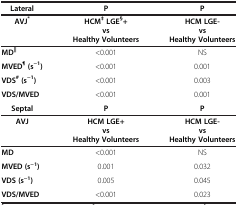
| Lateral | P | P |
 | --- | --- | --- |
 | AVJ* | HCM‡ LGE§+ | HCM LGE- |
 |  | vs | vs |
 |  | Healthy Volunteers | Healthy Volunteers |
 | MD|| | <0.001 | NS |
 | MVED¶ (s-1) | <0.001 | 0.001 |
 | VDS# (s-1) | <0.001 | 0.003 |
 | VDS/MVED | <0.001 | 0.001 |
 | Septal | P | P |
 | AVJ | HCM LGE+ | HCM LGE- |
 |  | vs | vs |
 |  | Healthy Volunteers | Healthy Volunteers |
 | MD | <0.001 | NS |
 | MVED (s-1) | 0.001 | 0.032 |
 | VDS (s-1) | 0.005 | 0.045 |
 | VDS/MVED | <0.001 | 0.023 |